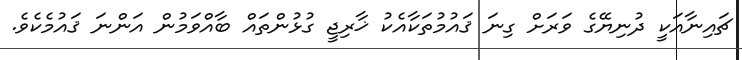
ޗައިނާއަކީ ދުނިޔޭގެ ވަރަށް ގިނަ ޤައުމުތަކާއެކު ޚާރިޖީ ގުޅުންތައް ބާއްވަމުން އަންނަ ޤައުމެކެވެ.